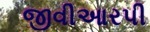
જીવીઆરપી